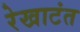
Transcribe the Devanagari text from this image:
रेखाटंत